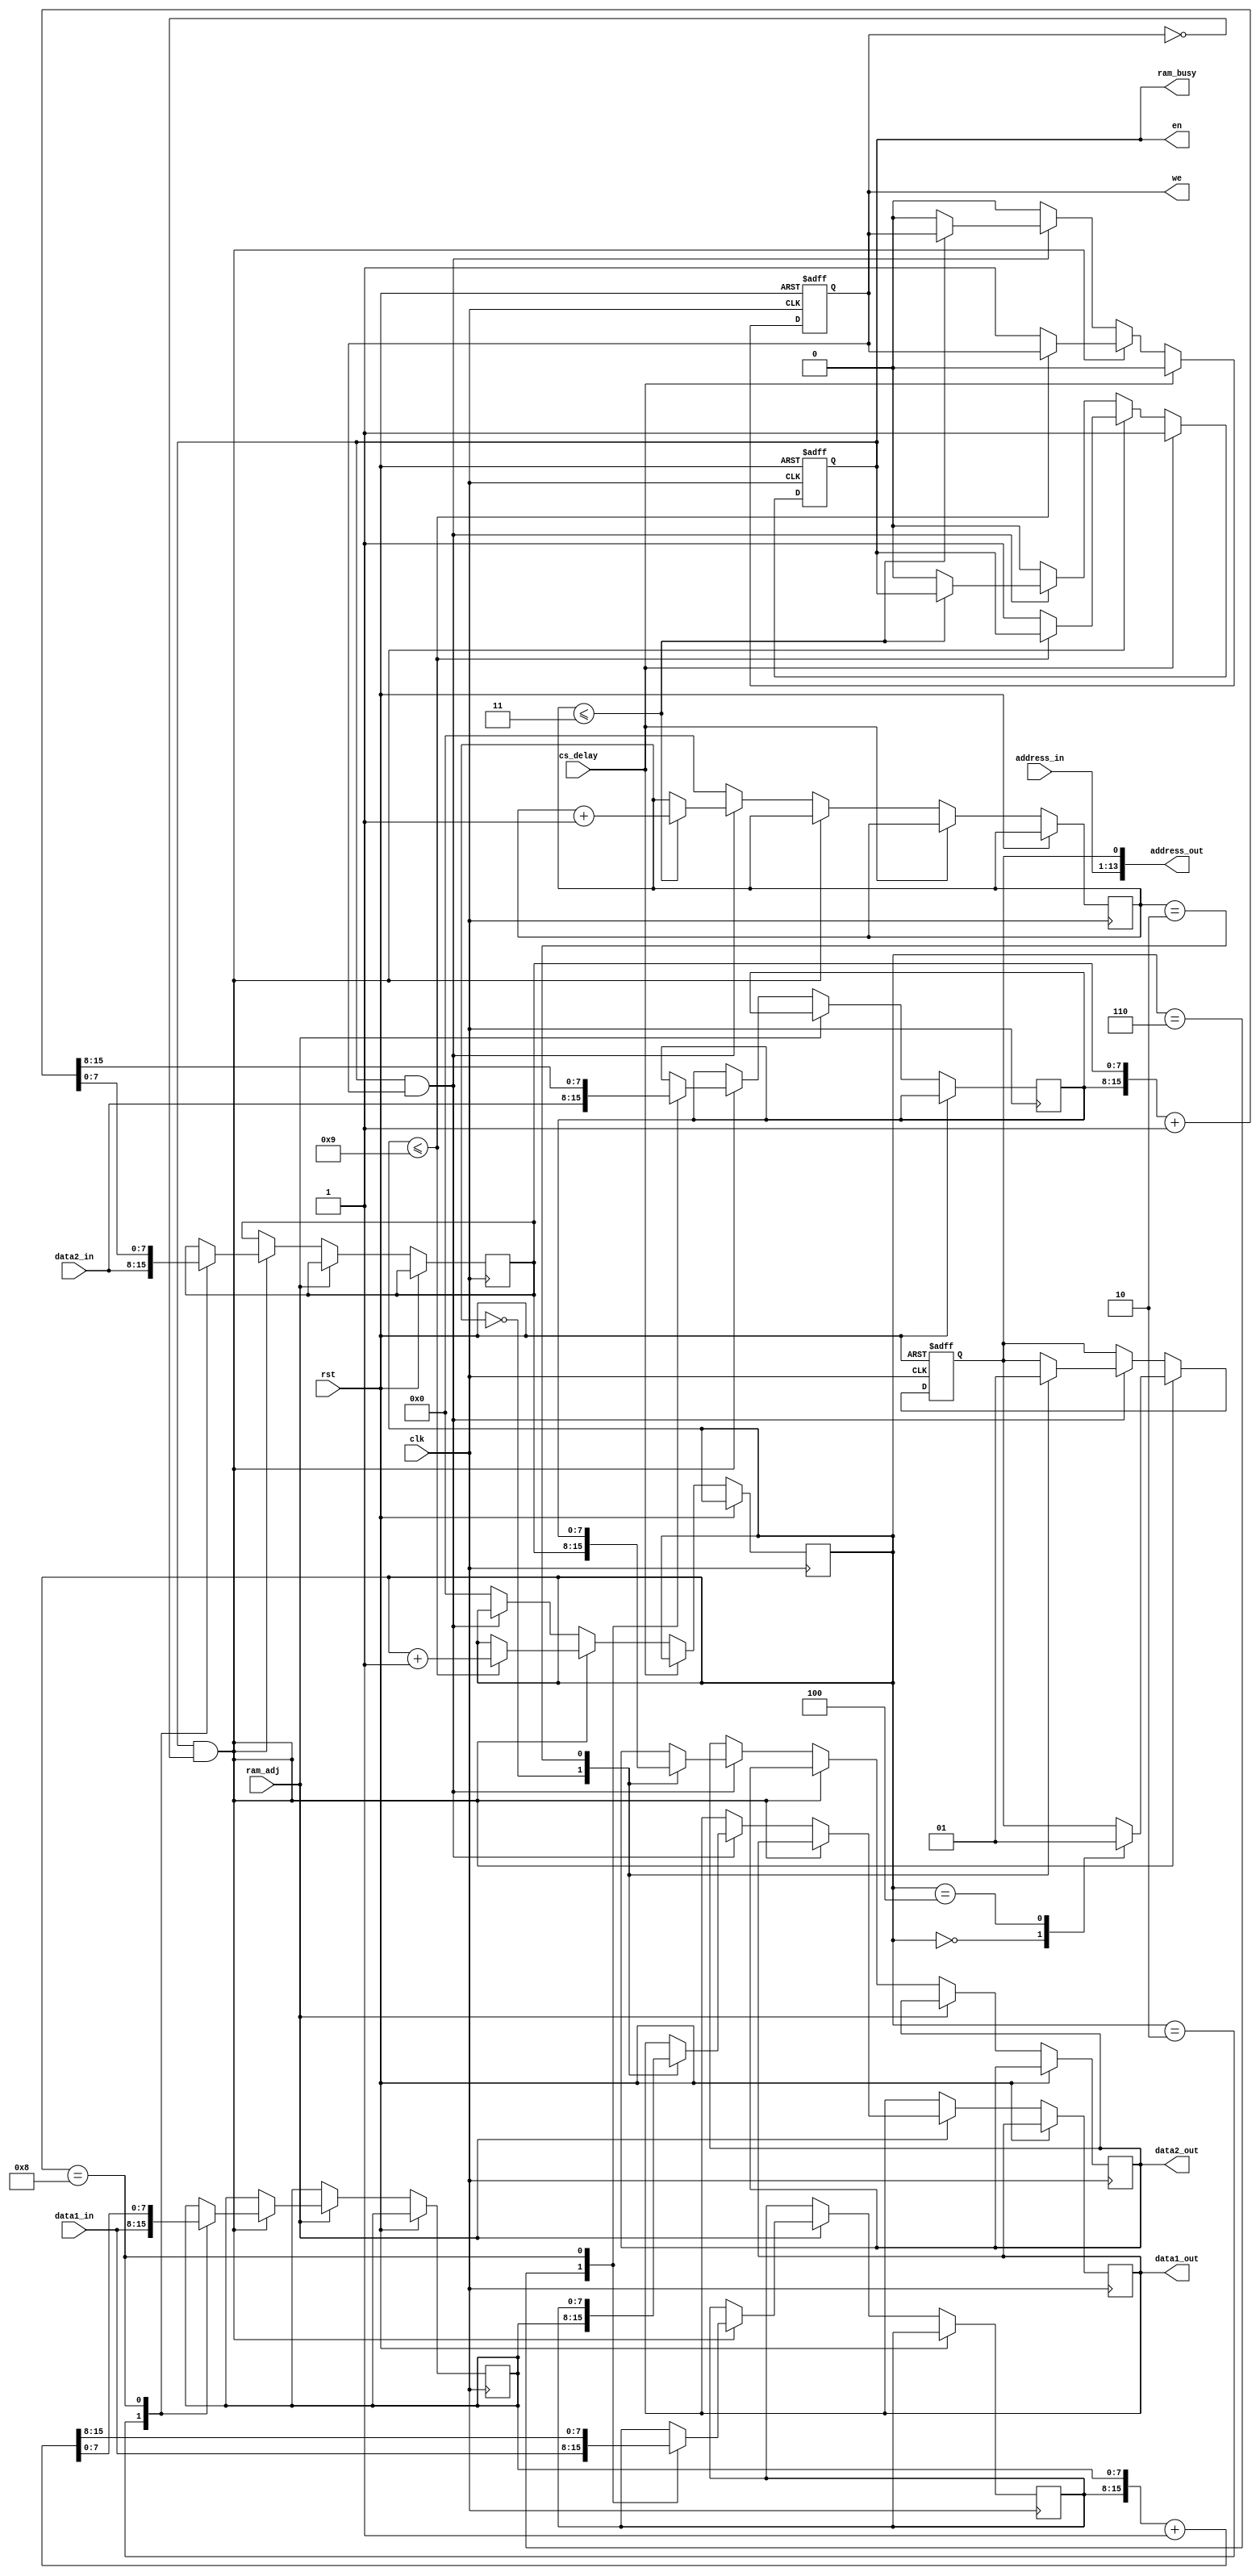
`timescale 1ns / 1ps
//////////////////////////////////////////////////////////////////////////////////
// Company: 
// Engineer: 
// 
// Design Name: 
// Module Name:    Ram_Control 
// Project Name: 
// Target Devices: 
// Tool versions: 
// Description: 
//
// Dependencies: 
//
// Revision: 
// Revision 0.01 - File Created
// Additional Comments: 
//
//////////////////////////////////////////////////////////////////////////////////
 module Ram_Control(
    input clk,rst,
	 input cs_delay,            //AD
	 input [7:0] data1_in,       //ramfpgafpga
	 input [7:0] data2_in,
	 input [12:0] address_in,
	 
	 input ram_adj,
	 
	 
	 output reg [7:0] data1_out,   //fpgaram
	 output reg [7:0] data2_out,
	 output wire [13:0] address_out,   //ram
	 output ram_busy,
	 output reg we,
	 output reg en
	 
	 
    );
	 
	 reg [3:0]i_read;            //
	 reg [3:0]i_write;            //
	 reg [7:0] data1_low;
	 reg [7:0] data1_high;
	 reg [7:0] data2_low;
	 reg [7:0] data2_high; 
	 reg address_out_r;
	 
	 assign address_out[13:1] = address_in;             //
	 assign address_out[0] = address_out_r;
	 
	 assign ram_busy = en;       //enramram_busyen
	 
	 always @(posedge clk or posedge rst)
	 begin
	 if(rst)
	   begin
		we <= 1'b0;
		en <= 1'b0;
		end
		else
		begin
	   if(cs_delay)
		  begin
		  en <= 1'b1;
		  we <= 1'b0;
		  end
	   else if(en && ~we)
        begin 
		    if(i_read <= 4'b1001) i_read <= i_read+1;          //
			 else                                               //10*2*42=840ns
			   begin
				  en <= 1;
				  we <= 1; 
				end
		  end
		else if(en && we) 
		  begin
		    if(i_write <= 4'b0011) i_write <= i_write+1;       //fpgaramclk  
			 else 
			   begin
				  en <= 0;
				  we <= 0;
				end
		  end
		else
		  begin
		    i_read <= 0;
			 i_write <= 0;
			 en <= 0;
			 we <= 0;
		  end
		end
	 end
	 
	 
	 always @(posedge clk or posedge rst)
	 begin
		if(rst) 
			begin
			address_out_r <= 0; 
			end
		else if(ram_adj)
			begin
				if(en && ~we)
					case(i_read)
					4'b0000 : address_out_r <= 0;                  //
					4'b0010 : data1_low <= data1_in; 
					4'b0100 : address_out_r <= 1;                  //
					4'b0110 : data1_high <= data1_in; 
					4'b1000 : {data1_high,data1_low} <= {data1_high,data1_low} + 1;   //+1
					endcase
				else if(en && we)
					case(i_write)
					4'b0000 :begin address_out_r <= 0; data1_out <= data1_low;  end               //ram
					4'b0010 :begin address_out_r <= 1; data1_out <= data1_high; end                 //ram
					4'b0100 : data1_out <= data1_out;
					endcase
			end
		else if(~ram_adj)
			begin
				if(en && ~we)
					case(i_read)
					4'b0000 : address_out_r <= 0; 
					4'b0010 : data2_low <= data2_in; 
					4'b0100 : address_out_r <= 1;
					4'b0110 : data2_high <= data2_in; 
					4'b1000 : {data2_high,data2_low} <= {data2_high,data2_low} + 1;
					endcase
				else if(en && we)
					case(i_write)
					4'b0000 : begin address_out_r <= 0;data2_out <= data2_low; end
					4'b0010 : begin address_out_r <= 1;data2_out <= data2_high; end
					4'b0100 : data2_out <= data2_out;
					endcase
			end
	 end
	 
			

endmodule